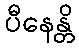
ပီနေန္တိ